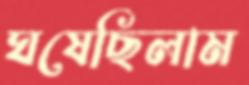
ঘষেছিলাম